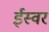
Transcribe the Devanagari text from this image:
ईस्वर